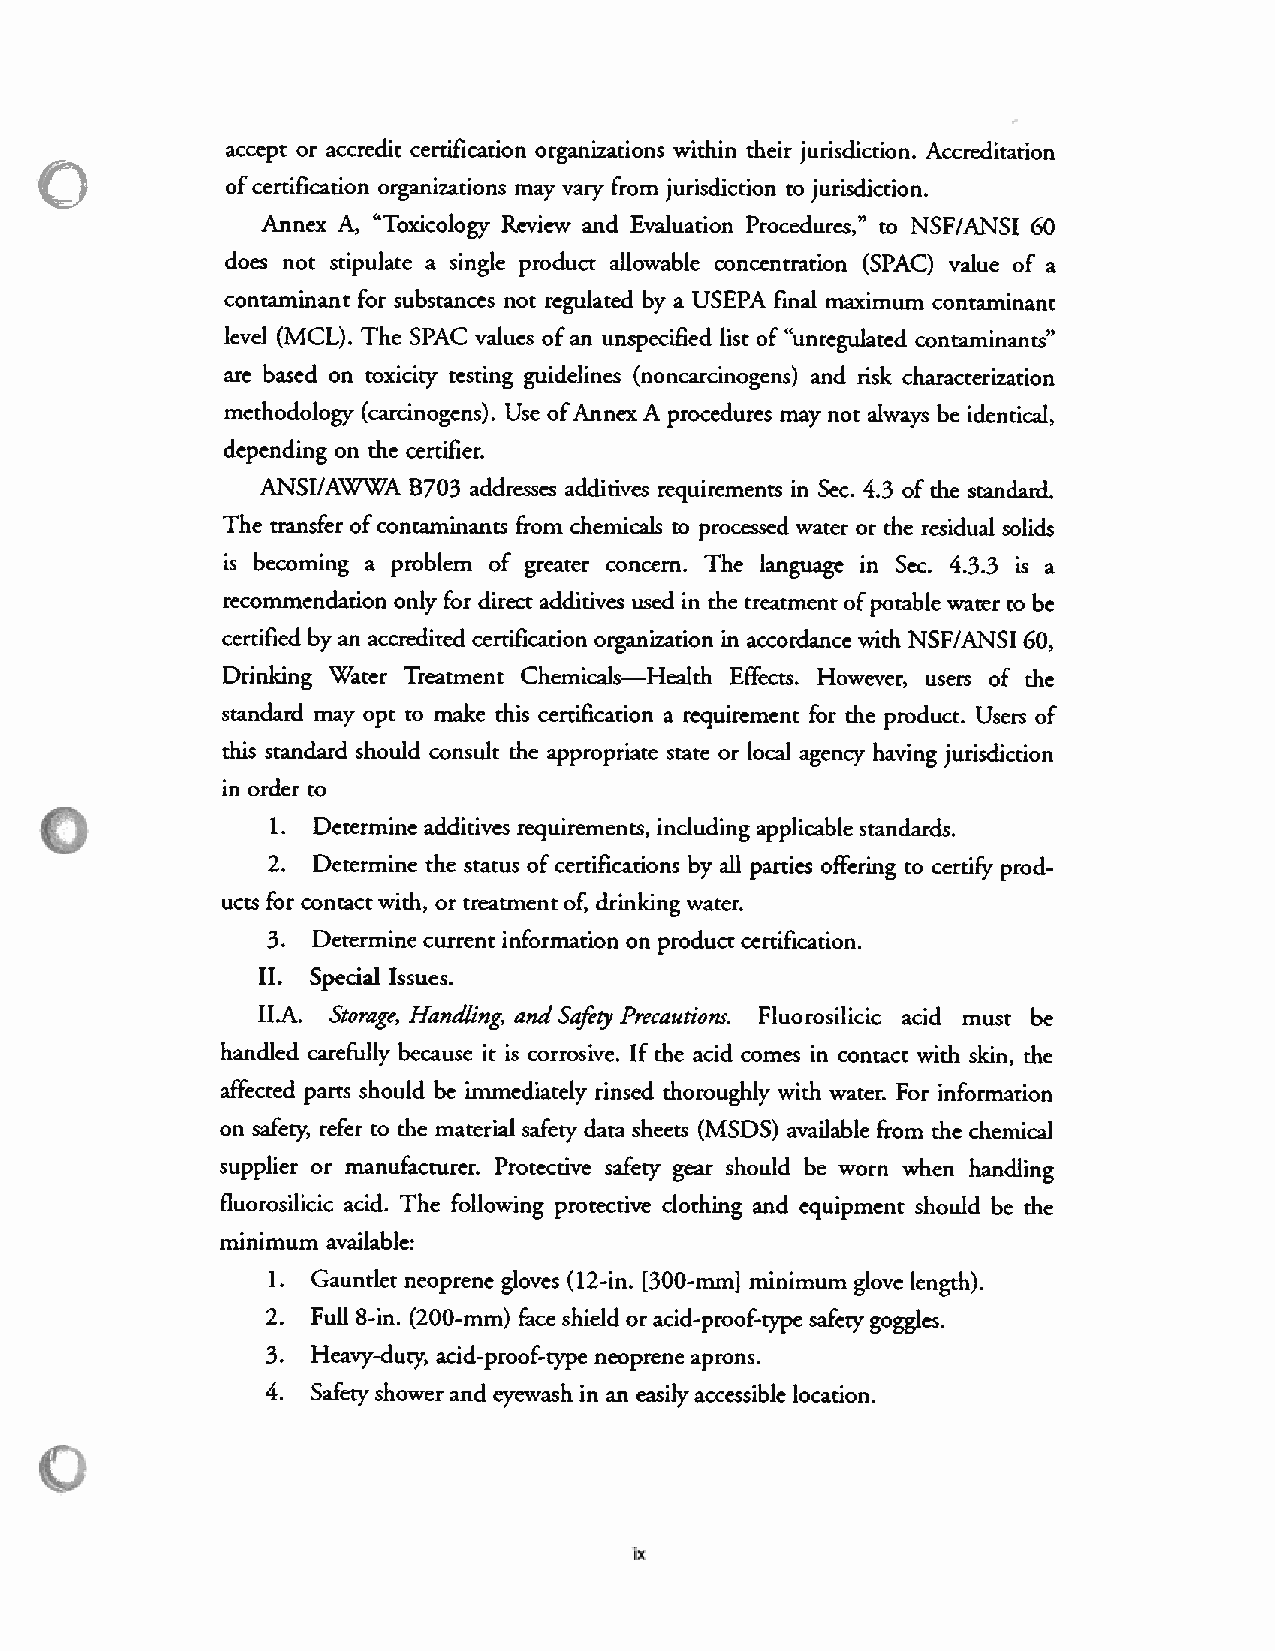
accept or accredit certification organizations within their jurisdiction. Accreditation
 ofcertification organizations may vary from jurisdiction to jurisdiction.
 Annex A, “Toxicology Review and Evaluation Procedures,” to NSF/ANSI 60
 does not stipulate a single product allowable concentration (SPAC) value of a
 contaminant for substances not regulated by a USEPA final maximum contaminant
 level (MCL). The SPAC values of an unspecified list of “unregulated contaminants”
 are based on toxicity testing guidelines (noncarcinogens) and risk characterization
 methodology (carcinogens). Use ofAnnex A procedures may not always be identical,
 depending on the certifier.
 ANSI/AWWA B703 addresses additives requirements in Sec. 4.3 of the standard.
 The transfer ofcontaminants from chemicals to processed water or the residual solids
 is becoming a problem of greater concern. The language in Sec. 4.3.3 is a
 recommendation only for direct additives used in the treatment ofpotable water to be
 certified by an accredited certification organization in accordance with NSF/ANSI 60,
 Drinking Water Treatment Chemicals—Health Effects. However, users of the
 standard may opt to make this certification a requirement for the producr. Users of
 this standard should consult the appropriate state or local agency having jurisdiction
 in order to
 1. Determine additives requirements, including applicable standards.
 2. Determine the status ofcertifications by all parties offering to certify prod
 ucts for contact with, or treatment of, drinking water.
 3. Determine current information on product certification.
 II. Special Issues.
 II.A. Storage, Handling, andSafety Precautions. Fluorosilicic acid must be
 handled carefully because it is corrosive. If the acid comes in contact with skin, the
 affected parts should be immediately rinsed thoroughly with water. For information
 on safety; refer to the material safety data sheets (MSDS) available from the chemical
 supplier or manufacturer. Protective safety gear should be worn when handling
 fluorosilicic acid. The following protective clothing and equipment should be the
 minimum available:
 1. Gauntlet neoprene gloves (12-in. [300-mm] minimum glove length).
 2. Full 8-in. (200-mm) face shield or acid-proof-rvpe safet goggles.
 3. Heavy-duty, acid-proof-type neoprene aprons.
 4. Safety shower and eyewash in an easily accessible location.
 Ix